Vital statistics of India. Vol. VI, European troops 1870-79
Year: 1870
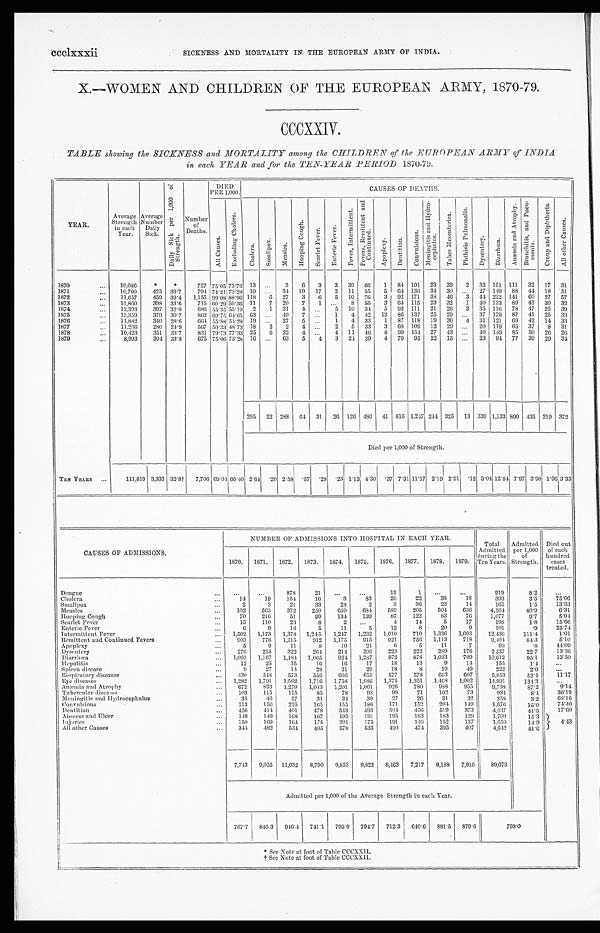
ccclxxxii
SICKNESS AND MORTALITY IN THE EUROPEAN ARMY OF INDIA.
X.—WOMEN AND CHILDREN OF THE EUROPEAN ARMY, 1870-79.
CCCXXIV.
TABLE showing the SICKNESS and MORTALITY among the CHILDREN of the EUROPEAN ARMY of INDIA
in each YEAR and for the TEN-YEAR PERIOD 1870-79.
YEAR.
Average
Strength
in each
Year.
Average
Number
Daily
Sick.
D a i l y S i c k p e r 1 , 0 0 0 o f
S t r e n g t h .
N u m b e r
o f
D e a t h s .
D I E D
P E R 1 , 0 0 0 .
CAUSES OF DEATHS.
A l l C a u s e s .
E x c l u d i n g C h o l e r a .
Chol era.
S m a l l p o x .
M e a s l e s .
H o o p i n g C o u g h .
S c a r l e t F e v e r .
E n t e r i c F e v e r .
F e v e r , I n t e r m i t t e n t .
F e v e r s , R e m i t t e n t a n d
C o n t i n u e d .
A p o p l e x y . D e n t i t i o n . C o n v u l s i o n s .
M e n i n g i t i s a n d H y d r o -
c e p h a l u s .
T a b e s M e s e n t e r i c a .
P h t h i s i s P u l m o n a l i s .
D y s e n t e r y .
D i a r r h œ a .
A n æ m i a a n d A t r o p h y . B r o n c h i t i s , a n d P n e u -
m o n i a .
C r o u p a n d D i p h t h e r i a .
A l l o t h e r C a u s e s .
1870
... 10,086 *
*
757 75.05 73.76 13 ... 3 6 3 3 39 66
1
84 101 23 39 2 32 151 111 32 17 31
1871
... 10,700
425 39. 7 794 74.21 73.28 10 ... 34 19 17 2 11 55 5 64 136 34 30 ... 27
1 4 9 88 44 18 51
1872
... 11,657
459 39.4 1,155
9 9 . 0 8 88.96 118 6 27 3 6 5 10 76 3 92 171 38 46 3 44 222 141 60 27 57
1873
. . . 11,860
398 33. 6 715
6 0 . 2 9 59.36 11 7 20 7 1 ... 8 56 3 64 115 23 32 1 40 133 89 43 30 32
1874
... 12,393
397 32.0 686 55.35
5 5 . 1 9 2 1 31 4 ... 5 10 34 5 93 111 21 26 3 35 116 78 47 25 39
1875
. . . 12,359
379 30.7
8 6 2 69.75 64.65 63 ... 49 7 ... 1 4 42 12 86 137 25 29 ... 37 179 87 41 25 38
1876
... 11,882
340 28.6 664 55.88 54.28 19 . . . 27 5
. . . 1 4 33 1 87 118 19 36 4 31 121 69 42 14 33
1877
. . . 11,266
280 24.9 567 50.33 48.73 18 2 2 4 ... 2 5 33 3 68 109 12 29 ... 20 119 65 37 8 31
1878
... 10,423
351 33.7
831 79.73 77.33 25
6 32 4 ... 4 11 46 4 99 154 27 43 ... 40 149 85 50 26 26
1879
...
8,993
304 33.8 675 75.06 73.28 16 ... 63 5 4 3 24 39 4 79 95 22 15 ... 33 94 77 39 29 34
295 22 288 64 31 26 126 480 41 816 1,247 244 325 13 339 1,133 890 435 219 372
Died per 1,000 of Strength.
TEN YEARS ...
111,619 3,333 32.8† 7,706 69.04 66.40 2.64 .20 2.58
. 5 7 .28 .23 1.13 4.30
. 3 77.31 11.17 2.19 2.91 .12 3.04 12.84 7.97 3.90 1 . 9 6 3.33
CAUSES OF ADMISSIONS.
NUMBER OF ADMISSIONS INTO HOSPITAL IN EACH YEAR.
Total
Admitted
during the
Ten Years.
Admitted
per 1,000
of
Strength.
Died out
of each
hundred
cases
treated.
1870. 1871. 1872.
1 8 7 3 . 1874. 1875. 1876.
1 8 7 7 . 1878.
1879.
Dengue
. . .
...
. . .
878
21 ...
...
19
1
. . . ...
919
8.2
...
Cholera
...
14
19
1 5 4
16
3
83
26
22
38
18
393
3.5
75.06
Smallpox
...
2
3
21
33
2 8
2
3
36
23
14
165
1.5
13.33
Measl es
. . . 102
563
372
250
659
684 589
205
504 636
4,564
40.9
6.31
Hoopi ng Cough
...
70
216
51
99
134
139
87
122
83
76
1,077
9.7
5.94
Scarlet Fever
...
15
110
23
8
2
. . .
4
14
5
17
198
1.8
15.66
Enteric Fever
. . .
6
9
16
5
11
5
12
8
20
9
101
.9
25.74
Intermittent Fever
... 1,509 1,173 1,378
1 , 2 4 5 1,247 1,232 1,010 710 1,336 1,603
12,436
111.4
1.01
Remittent and Continued Fevers
. . . 903
776 1,215
912 1,175
915
921
756 1,113
718
9,404
84.3
5.10
Apoplexy
...
5
9
11
8
10
21
6
5
11
7
93
.8
44.09
Dysentery
...
276 255 322
264
214
296
223
222
289
176
2 537
22.7
13.36
Diarrhœa
1,093 1,167 1,484
1 , 0 6 5 924 1,287
972
878 1,033
709 10,612
95.1
13.50
Hepatitis
. . . 12
25
15
16
16
17
18
13
9
14
155
1.4
. . .
Spleen disease
...
9
27
14
28
21
29
18
8
19
49
222
2.0
...
Respiratory diseases
...
430
548 573
556
666
655
577
578
663
607
5,853
52.4
11.17
Eye diseases
... 1,282 1,791 1, 562
1,716 1, 758
1,686 1,375 1,351 1,468 1,002
14,991
134.3
. . .
Anæmia and Atrophy
. . .
672
833 1,279 1,043 1,201 1,061
9 2 6 780 988
955
9,738
87.2
9.14
Tubercular diseases
...
103
115
115
85
78
93
9 9 71
102
73
934
8 . 4
36.19
Meningitis and Hydrocephalus
. . .
35
4 6
57
31
3 4
39
2 7 26
31
32
358
3.2
68.16
Convulsions
...
113
156 225
165
155
186
171
152
204
149
1,676
15.0
74.40
Dentition
... 456 414 401
478
5 4 3
493
504 456
519
373
4,637
41.5
17.60
Abscess and Ulcer
. . . 149 149
168
167
195
191
195
183
183
129
1,709
15.3
4 . 4 3
Injuries
. . .
150
169 1 6 4
174
201
175
191
146 152
137
1,659
14.9
All other Causes
. . .
344 482
5 3 4
405
578
533
4 9 0 474 395
407
4,642
41.6
7,743 9,055 11,032 8,790 9, 853
9,822 8,463 7,217 9,188 7,910 89,073
Admitted per 1,000 of the Average Strength in each Year.
767.7 846 3 946. 4
741.1 795. 0
794.7 712.3 640.6 881.5 879.6
7 9 8 . 0
* See Note at foot of Table CCCXXII.
† See Note at foot of Table CCCXXII.